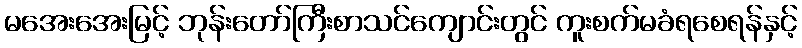
မအေးအေးမြင့် ဘုန်းတော်ကြီးစာသင်ကျောင်းတွင် ကူးစက်မခံရစေရန်နှင့်